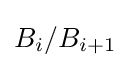
B_{i}/B_{i+1}